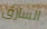
السارق